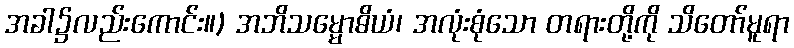
အခါ၌လည်းကောင်း။) အဘိသမ္မောဓိယံ၊ အလုံးစုံသော တရားတို့ကို သိတော်မူရာ